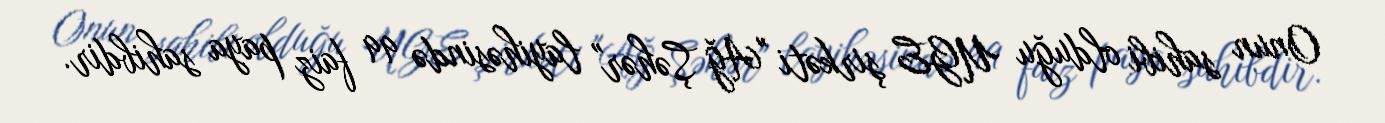
Onun sahibi olduğu UGE şirkəti "Ağ Şəhər" layihəsində 99 faiz paya sahibdir.